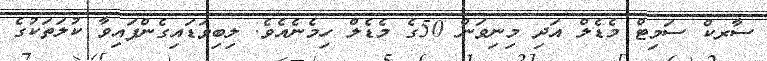
ސާރކް ސަމިޓް މެޑެލް އަދި މިނިވަން 50ގެ މެޑެލް ހިމެނެއެވެ. ލިބިވަޑައިގެންފައިވާ ކުލަތަކުގެ